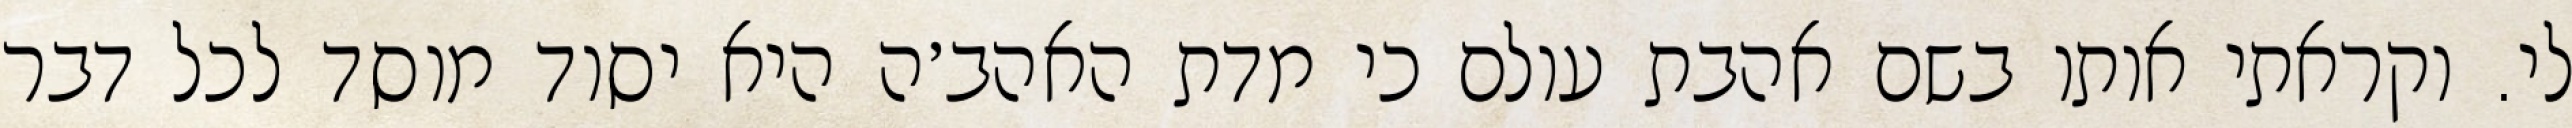
לי. וקראתי אותו בשם אהבת עולם כי מדת האהב׳ה היא יסוד מוסד לכל דבר